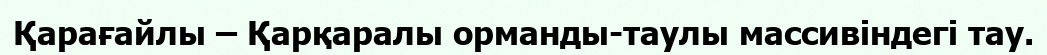
Қарағайлы – Қарқаралы орманды-таулы массивіндегі тау.